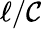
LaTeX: \ell/\mathcal{C}